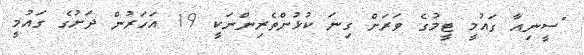
"ސީނިއާ ގައުމީ ޓީމުގެ ވަރަށް ގިނަ ކުޅުންތެރިންނަކީ 19 އަހަރުން ދަށުގެ ގައުމީ